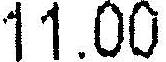
11.00